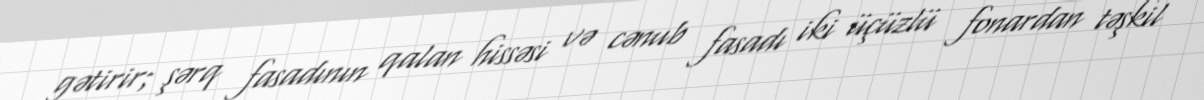
gətirir; şərq fasadının qalan hissəsi və cənub fasadı iki üçüzlü fonardan təşkil